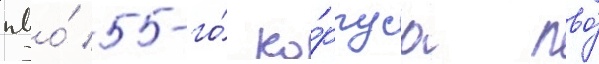
пво́ 5-го́ ко́рпуса пво́